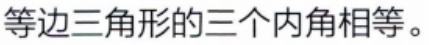
等边三角形的三个内角相等。